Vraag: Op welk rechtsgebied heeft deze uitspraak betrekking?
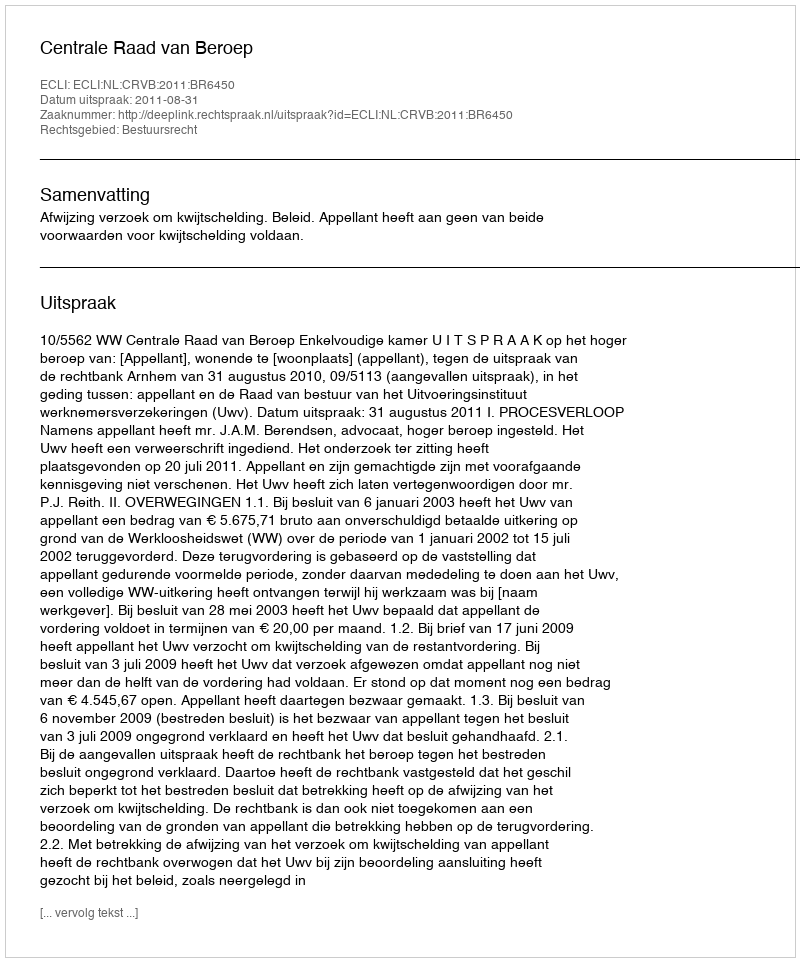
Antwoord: Bestuursrecht